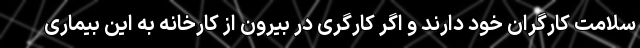
سلامت کارگران خود دارند و اگر کارگری در بیرون از کارخانه به این بیماری